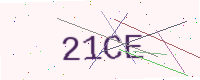
Text: 21CE